Burma Government Medical School reports 1923-41
Year: 1923
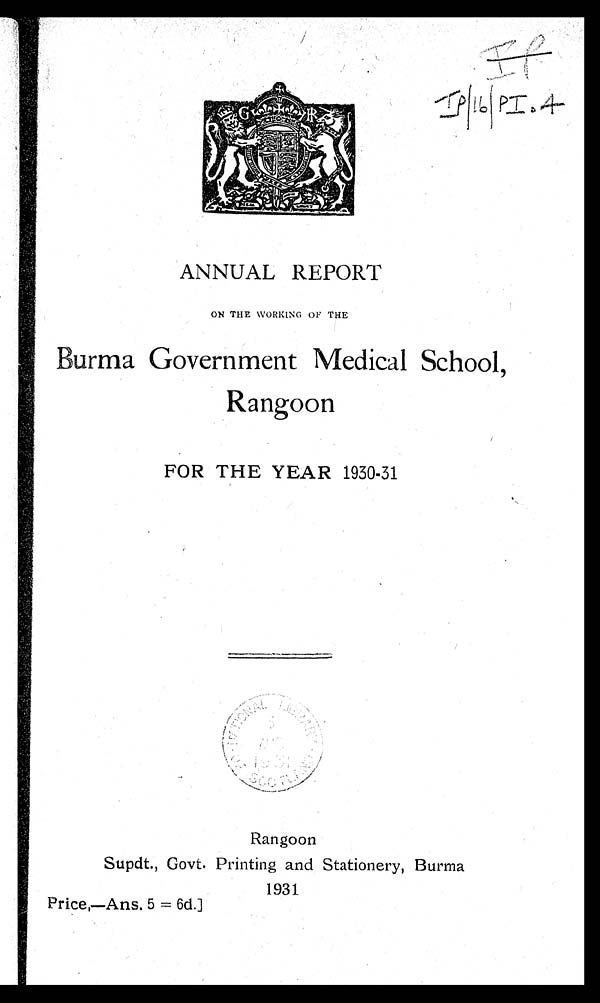
I
ANNUAL REPORT
ON THE WORKING OF THE
Burma Government Medical School,
Rangoon
FOR THE YEAR 1930-31
Rangoon
Supdt., Govt. Printing and Stationery, Burma
1931
Price,--Ans. 5 = 6d.]